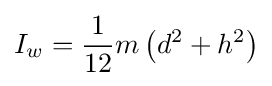
I_{w}={\frac {1}{12}}m\left(d^{2}+h^{2}\right)